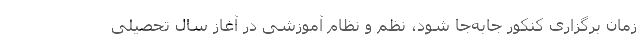
زمان برگزاری کنکور جابه‌جا شود، نظم و نظام آموزشی در آغاز سال تحصیلی